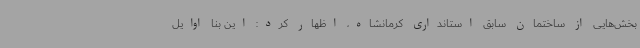
بخش‌هایی از ساختمان سابق استانداری کرمانشاه، اظهار کرد: این بنا اوایل